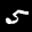
Digit: 5